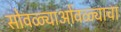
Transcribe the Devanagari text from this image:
सोवळ्याओंवळ्याचा